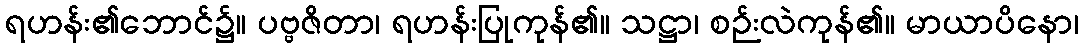
ရဟန်း၏ဘောင်၌။ ပဗ္ဗဇိတာ၊ ရဟန်းပြုကုန်၏။ သဋ္ဌာ၊ စဉ်းလဲကုန်၏။ မာယာပိနော၊